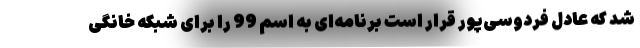
شد که عادل فردوسی‌پور قرار است برنامه‌ای به اسم 99 را برای شبکه خانگی